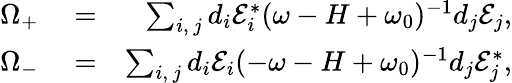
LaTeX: \begin{array}{rlr}{\Omega_{+}}&{{}=}&{\sum_{i,\, j}d_{i}\mathcal{E}_{i}^{\ast}(\omega-H+\omega_{0})^{-1}d_{j}\mathcal{E}_{j},}\\ {\Omega_{-}}&{{}=}&{\sum_{i,\, j}d_{i}\mathcal{E}_{i}(-\omega-H+\omega_{0})^{-1}d_{j}\mathcal{E}_{j}^{\ast},}\end{array}